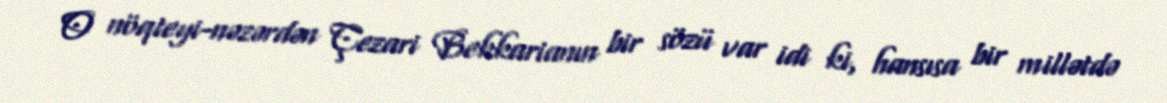
O nöqteyi-nəzərdən Çezari Bekkarianın bir sözü var idi ki, hansısa bir millətdə